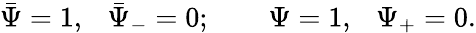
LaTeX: \bar{\Psi}=1,~~~\bar{\Psi}_{-}=0;\qquad\Psi=1,~~~\Psi_{+}=0.